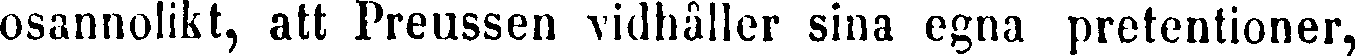
osannolikt, att Preussen vidhåller sina egna pretentioner,